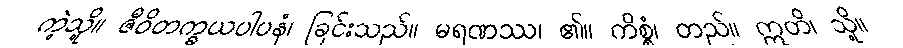
ကဲ့သို့။ ဇီဝိတက္ခယပါပနံ၊ ခြင်းသည်။ မရဏဿ၊ ၏။ ကိစ္စံ၊ တည်။ ဣတိ၊ သို့။